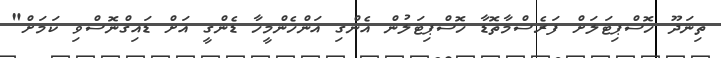
ތިނަދޫ ހޮސްޕިޓަލަށް ފަރެސްމާތޮޑާ ހޮސްޕިޓަލުން އެންގި އަންހެންމީހާ ޑެންގީ އަށް ޑައިގްނޮސްވި ކަމަށް"